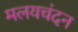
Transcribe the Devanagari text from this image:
मलयचंदन